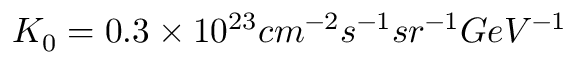
K _ { 0 } = 0 . 3 \times 1 0 ^ { 2 3 } c m ^ { - 2 } s ^ { - 1 } s r ^ { - 1 } G e V ^ { - 1 }